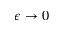
\epsilon \rightarrow 0